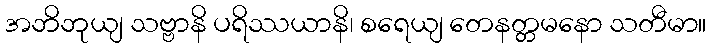
အဘိဘုယျ သဗ္ဗာနိ ပရိဿယာနိ၊ စရေယျ တေနတ္တမနော သတီမာ။